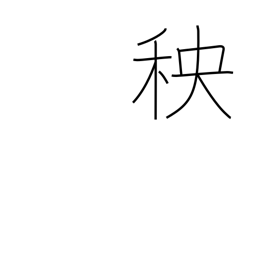
Meaning: seedlings